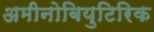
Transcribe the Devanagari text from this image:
अमीनोबियुटिरिक